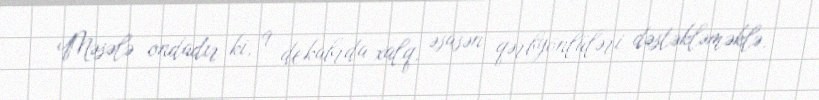
Məsələ ondadır ki, 9 dekabrda xalq, əsasən qərbyönlüləri dəstəkləməklə,